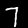
Digit: 7